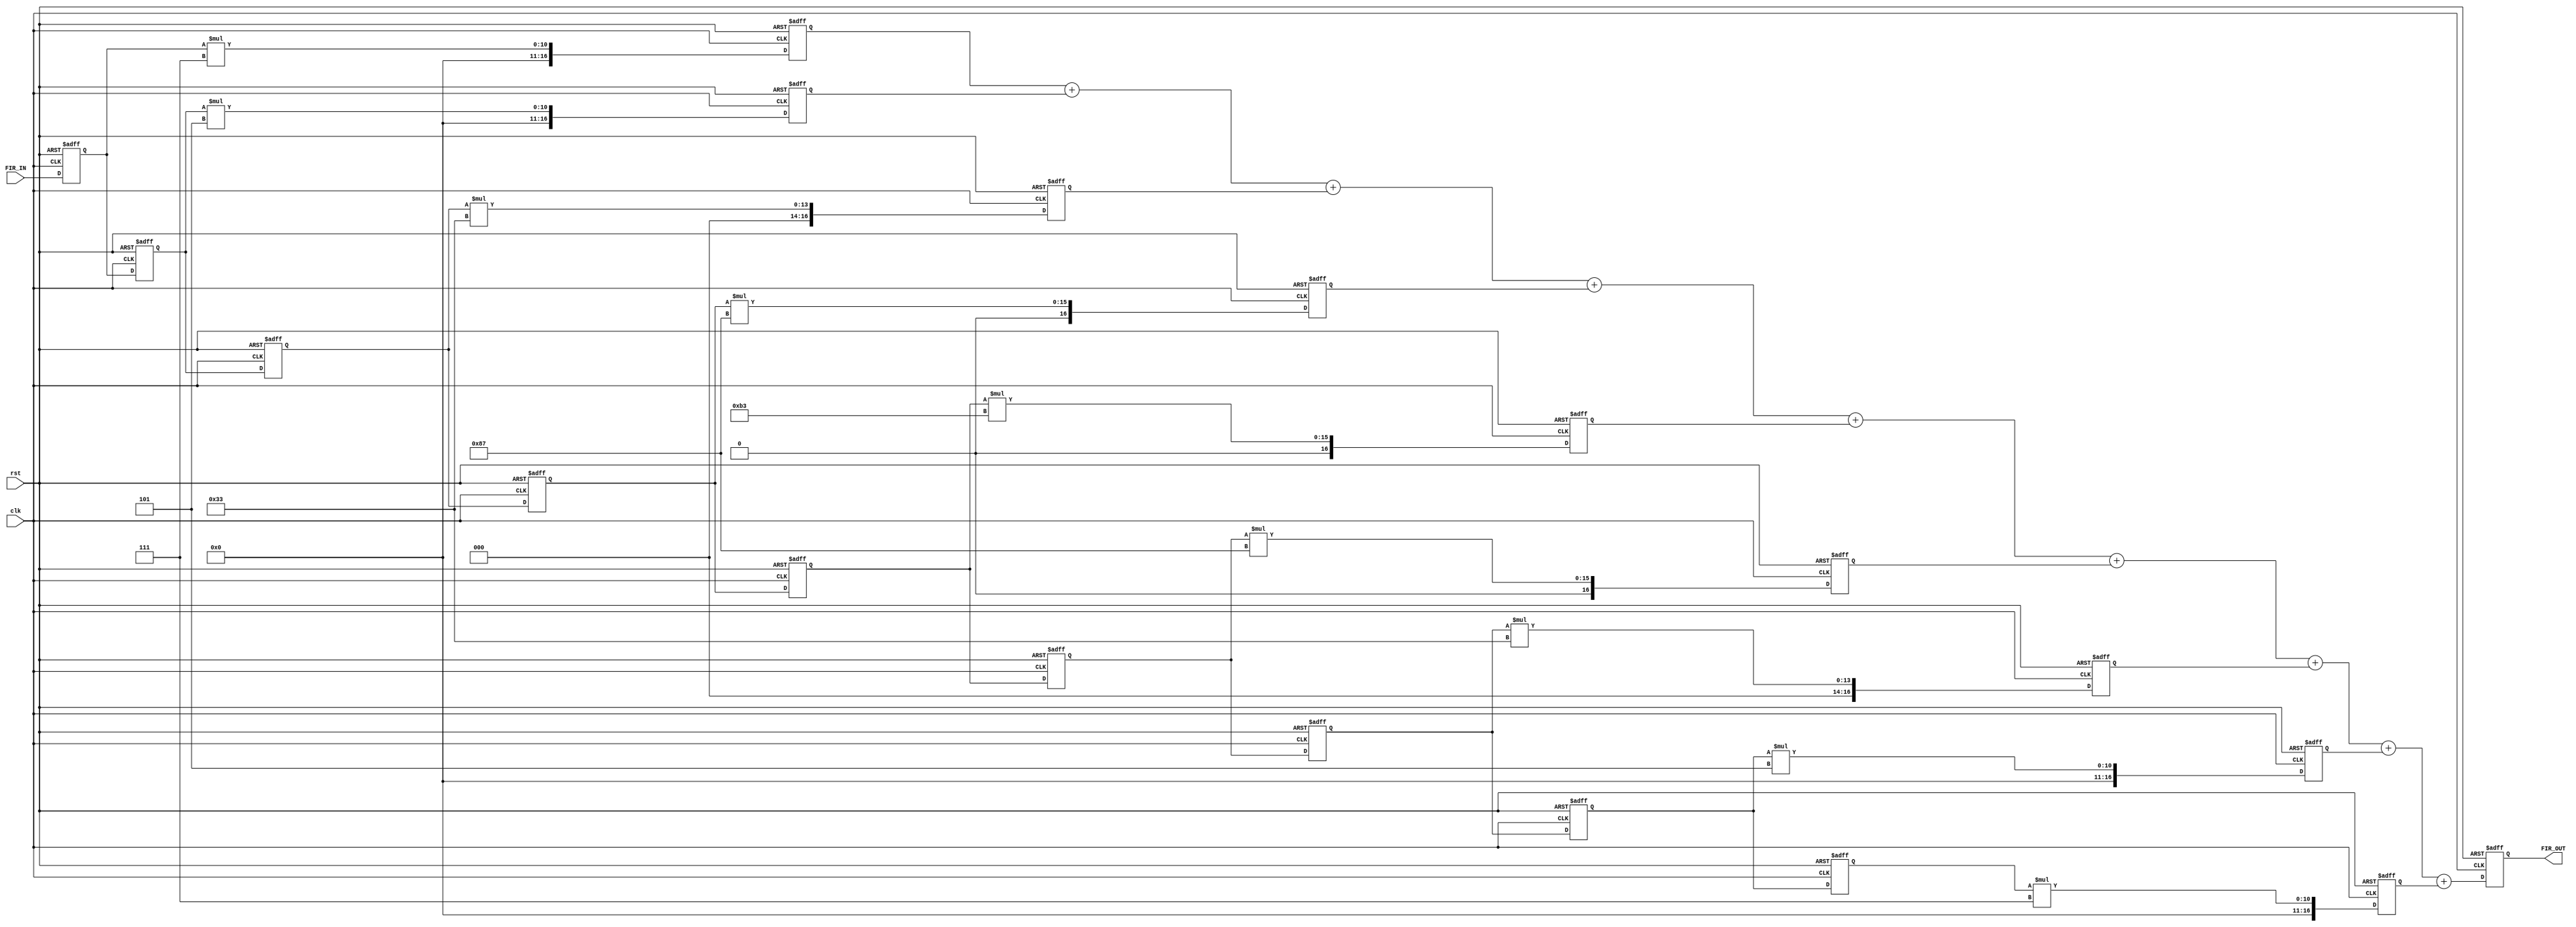
module FIR_low_pass_filter(
	input clk,
	input rst,
	input [7:0]FIR_IN,
	output reg [16:0]FIR_OUT
);
	

//=============================================================================================
//delay_pipelin1


reg[7:0] delay_pipeline1;
reg[7:0] delay_pipeline2;
reg[7:0] delay_pipeline3;
reg[7:0] delay_pipeline4;
reg[7:0] delay_pipeline5;
reg[7:0] delay_pipeline6;
reg[7:0] delay_pipeline7;
reg[7:0] delay_pipeline8;
reg[7:0] delay_pipeline9;
//-------------------------
wire[7:0] coeff1 = 8'd7;	//
wire[7:0] coeff2 = 8'd5;
wire[7:0] coeff3 = 8'd51;
wire[7:0] coeff4 = 8'd135;
wire[7:0] coeff5 = 8'd179;
wire[7:0] coeff6 = 8'd135;
wire[7:0] coeff7 = 8'd51;
wire[7:0] coeff8 = 8'd5;
wire[7:0] coeff9 = 8'd7;

reg signed [16:0] multi_data1 ;//
reg signed [16:0] multi_data2 ;
reg signed [16:0] multi_data3 ;
reg signed [16:0] multi_data4 ;
reg signed [16:0] multi_data5 ;
reg signed [16:0] multi_data6 ;
reg signed [16:0] multi_data7 ;
reg signed [16:0] multi_data8 ;
reg signed [16:0] multi_data9 ;



always@(posedge clk or negedge rst)
if(!rst)
begin
	delay_pipeline1 <= 8'b0 ;
	delay_pipeline2 <= 8'b0 ;
	delay_pipeline3 <= 8'b0 ;
	delay_pipeline4 <= 8'b0 ;
	delay_pipeline5 <= 8'b0 ;
	delay_pipeline6 <= 8'b0 ;
	delay_pipeline7 <= 8'b0 ;
	delay_pipeline8 <= 8'b0 ;
	delay_pipeline9 <= 8'b0 ;
end
else
begin
	delay_pipeline1 <= FIR_IN;
	delay_pipeline2 <= delay_pipeline1 ;
	delay_pipeline3 <= delay_pipeline2 ;
	delay_pipeline4 <= delay_pipeline3 ;
	delay_pipeline5 <= delay_pipeline4 ;
	delay_pipeline6 <= delay_pipeline5 ;
	delay_pipeline7 <= delay_pipeline6 ;
	delay_pipeline8 <= delay_pipeline7 ;
	delay_pipeline9 <= delay_pipeline8 ;
end


//=============================================================================================
//multi_data



always@(posedge clk or negedge rst) //x(0) * h(0)
	if(!rst)
		multi_data1 <= 17'b0 ;
	else
		multi_data1 <= delay_pipeline1*coeff1 ;
		
always@(posedge clk or negedge rst) //x(1) * h(1)
	if(!rst)
		multi_data2 <= 17'b0 ;
	else
		multi_data2 <= delay_pipeline2*coeff2 ;

always@(posedge clk or negedge rst) //x(1) * h(1)
	if(!rst)
		multi_data3 <= 17'b0 ;
	else
		multi_data3 <= delay_pipeline3*coeff3 ;
		
always@(posedge clk or negedge rst) //x(1) * h(1)
	if(!rst)
		multi_data4 <= 17'b0 ;
	else
		multi_data4 <= delay_pipeline4*coeff4 ;
		
always@(posedge clk or negedge rst) //x(1) * h(1)
	if(!rst)
		multi_data5 <= 17'b0 ;
	else
		multi_data5 <= delay_pipeline5*coeff5 ;
		
always@(posedge clk or negedge rst) //x(1) * h(1)
	if(!rst)
		multi_data6 <= 17'b0 ;
	else
		multi_data6 <= delay_pipeline6*coeff6 ;
		
always@(posedge clk or negedge rst) //x(1) * h(1)
	if(!rst)
		multi_data7 <= 17'b0 ;
	else
		multi_data7 <= delay_pipeline7*coeff7 ;
		
always@(posedge clk or negedge rst) //x(1) * h(1)
	if(!rst)
		multi_data8 <= 17'b0 ;
	else
		multi_data8 <= delay_pipeline8*coeff8 ;
		
always@(posedge clk or negedge rst) //x(1) * h(1)
	if(!rst)
		multi_data9 <= 17'b0 ;
	else
		multi_data9 <= delay_pipeline9*coeff9 ;
//=================================================================================
//

always@(posedge clk or negedge rst)
	if(!rst)
		FIR_OUT <= 16'b0 ;
	else
		FIR_OUT <= multi_data1 + multi_data2 + multi_data3 + multi_data4 +multi_data5 + multi_data6 + multi_data7 + multi_data8 + multi_data9 ;
		
endmodule